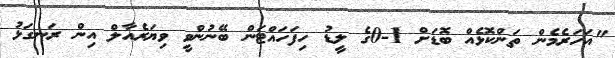
"އަހަރެމެން ތަންކޮޅެއް ބޮޑަށް 1-0ގެ ލީޑު ހިފަހައްޓަން ބޭނުންވީ ވިޔަރެއާލް އިން ރަނގަޅު